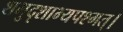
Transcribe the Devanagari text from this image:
शभुदृशाभ्यपश्मत्।